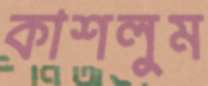
কাশলুম